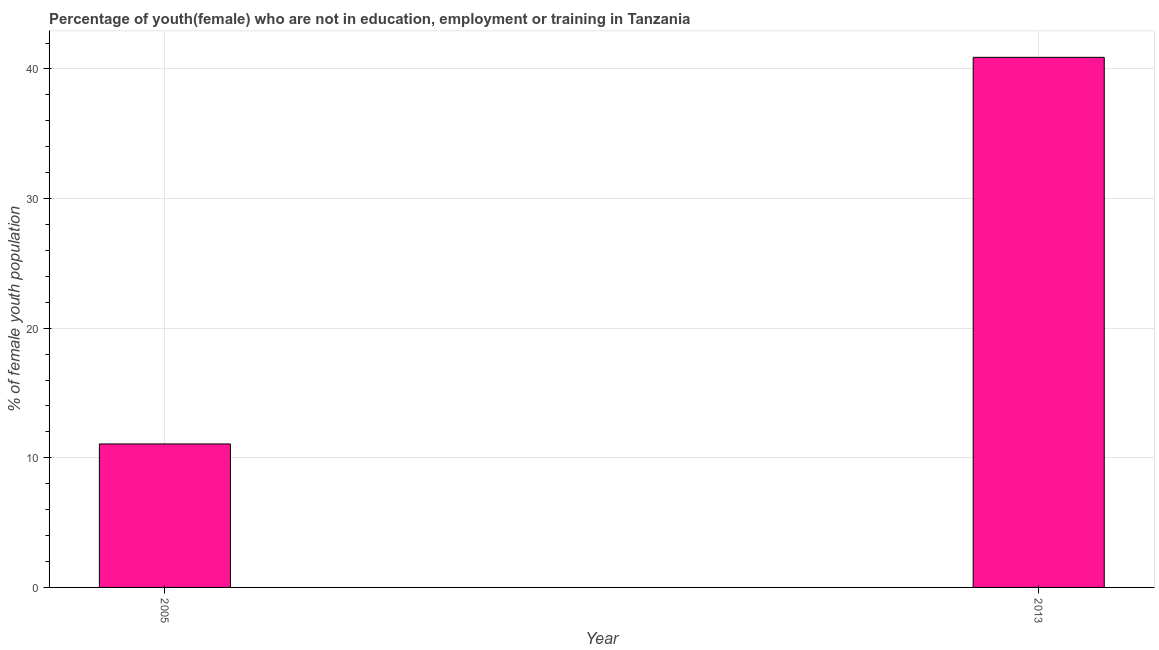
| Year | Unemployed(female) |
 | --- | --- |
 | 2005 | 11.1 |
 | 2013 | 40.9 |